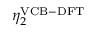
\eta _ { 2 } ^ { \mathrm { V C B - D F T } }